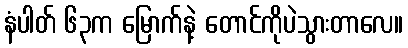
နံပါတ် ၆၃က မြောက်နဲ့ တောင်ကိုပဲသွားတာလေ။